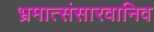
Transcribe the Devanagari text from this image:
भ्रमात्संसारवानिव